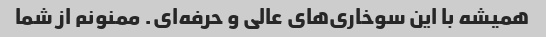
همیشه با این سوخاری‌های عالی و حرفه‌ای. ممنونم از شما